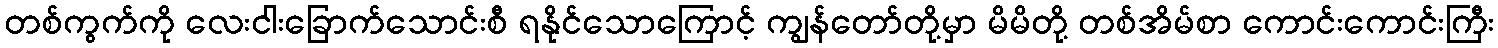
တစ်ကွက်ကို လေးငါးခြောက်သောင်းစီ ရနိုင်သောကြောင့် ကျွန်တော်တို့မှာ မိမိတို့ တစ်အိမ်စာ ကောင်းကောင်းကြီး